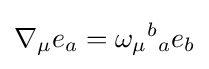
\nabla _{\mu }e_{a}=\omega _{\mu }{}^{b}{}_{a}e_{b}